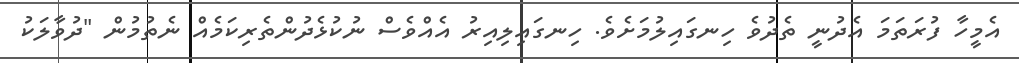
އެމީހާ ފުރަތަމަ އެދުނީ ތެދުވެ ހިނގައިލުމަށެވެ. ހިނގައިލިއިރު އެއްވެސް ނުކުޅެދުންތެރިކަމެއް ނެތުމުން "ދުވާލަކު